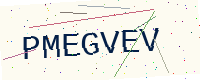
Text: PMEGVEV